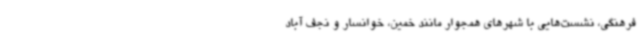
فرهنگی، نشست‌هایی با شهرهای همجوار مانند خمین، خوانسار و نجف آباد